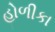
હોળીકા